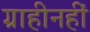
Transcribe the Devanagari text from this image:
ग्राहीनहीं